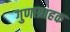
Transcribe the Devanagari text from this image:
गुणाग्राहक